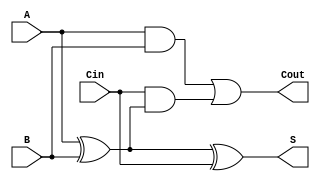
module FullAdder (
    input wire A,      // First input bit
    input wire B,      // Second input bit
    input wire Cin,    // Carry input
    output wire S,     // Sum output
    output wire Cout   // Carry output
);

// Sum output using XOR gates
assign S = A ^ B ^ Cin;

// Carry output using AND and OR gates
assign Cout = (A & B) | (Cin & (A ^ B));

endmodule